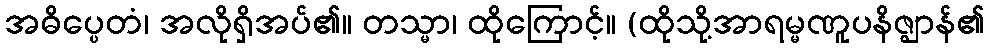
အဓိပ္ပေတံ၊ အလိုရှိအပ်၏။ တသ္မာ၊ ထိုကြောင့်။ (ထိုသို့အာရမ္မဏူပနိဇ္ဈာန်၏